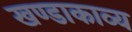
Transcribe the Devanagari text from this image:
खण्डाकाव्य